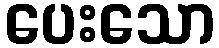
ပေးသော